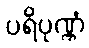
ပရိပုဏ္ဏံ